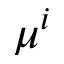
\mu ^ { i }